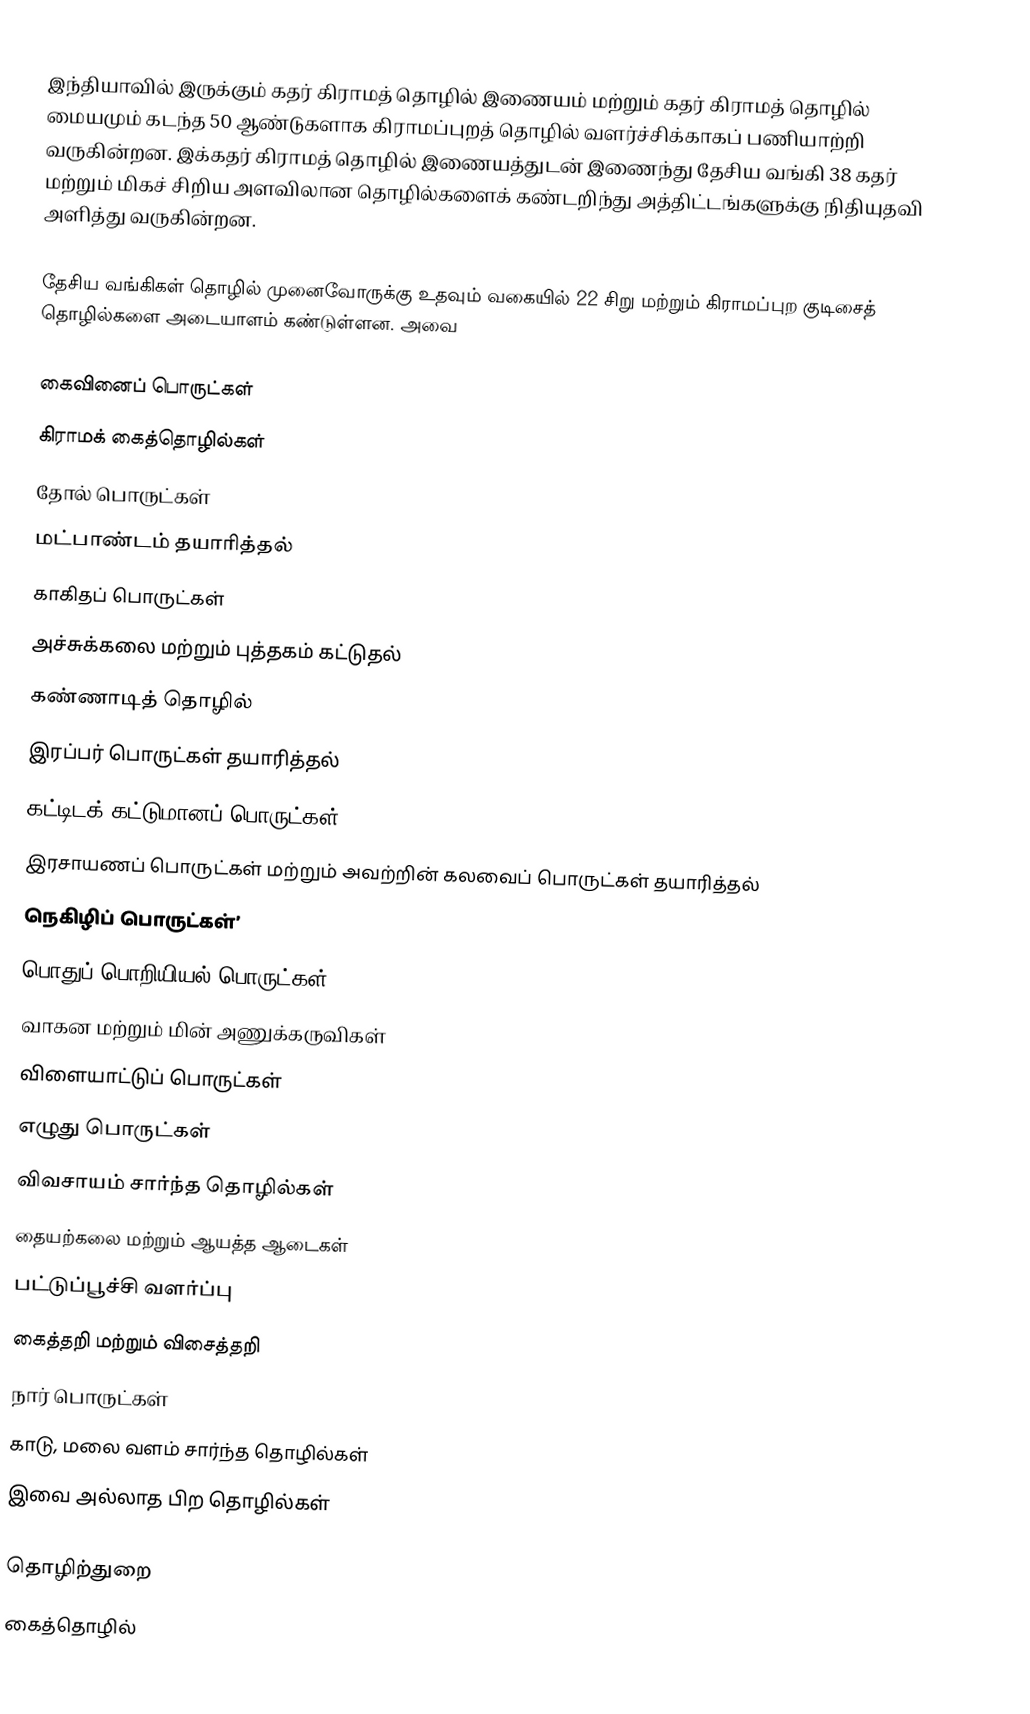
இந்தியாவில்  இருக்கும் கதர்  கிராமத் தொழில்  இணையம் மற்றும் கதர் கிராமத் தொழில்  மையமும் கடந்த 50 ஆண்டுகளாக கிராமப்புறத் தொழில் வளர்ச்சிக்காகப் பணியாற்றி வருகின்றன. இக்கதர் கிராமத் தொழில் இணையத்துடன் இணைந்து தேசிய வங்கி 38 கதர் மற்றும் மிகச் சிறிய அளவிலான தொழில்களைக் கண்டறிந்து அத்திட்டங்களுக்கு நிதியுதவி அளித்து வருகின்றன.

தேசிய வங்கிகள் தொழில் முனைவோருக்கு உதவும் வகையில் 22 சிறு மற்றும் கிராமப்புற குடிசைத் தொழில்களை அடையாளம் கண்டுள்ளன. அவை

கைவினைப் பொருட்கள்
கிராமக் கைத்தொழில்கள்
தோல் பொருட்கள்
மட்பாண்டம் தயாரித்தல்
காகிதப் பொருட்கள்
அச்சுக்கலை மற்றும் புத்தகம் கட்டுதல்
கண்ணாடித் தொழில்
இரப்பர் பொருட்கள் தயாரித்தல்
கட்டிடக் கட்டுமானப் பொருட்கள்
இரசாயணப் பொருட்கள் மற்றும் அவற்றின் கலவைப் பொருட்கள் தயாரித்தல்
நெகிழிப் பொருட்கள்’
பொதுப் பொறியியல் பொருட்கள்
வாகன மற்றும் மின் அணுக்கருவிகள்
விளையாட்டுப் பொருட்கள்
எழுது பொருட்கள்
விவசாயம் சார்ந்த தொழில்கள்
தையற்கலை மற்றும் ஆயத்த ஆடைகள்
பட்டுப்பூச்சி வளர்ப்பு
கைத்தறி மற்றும் விசைத்தறி
நார் பொருட்கள்
காடு, மலை வளம் சார்ந்த தொழில்கள்
இவை அல்லாத பிற தொழில்கள்

தொழிற்துறை
கைத்தொழில்